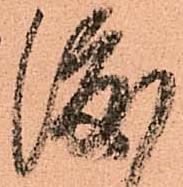
渡